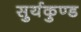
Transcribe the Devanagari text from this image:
सुर्यकुण्ड